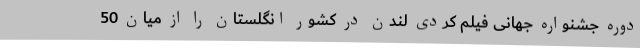
دوره جشنواره جهانی فيلم کُردی لندن در کشور انگلستان را از میان 50